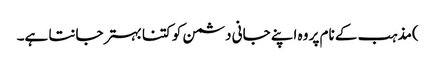
)مذہب کے نام پر وہ اپنے جانی دشمن کو کتنا بہتر جانتا ہے۔